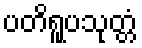
ပတိရူပသုတ္တံ